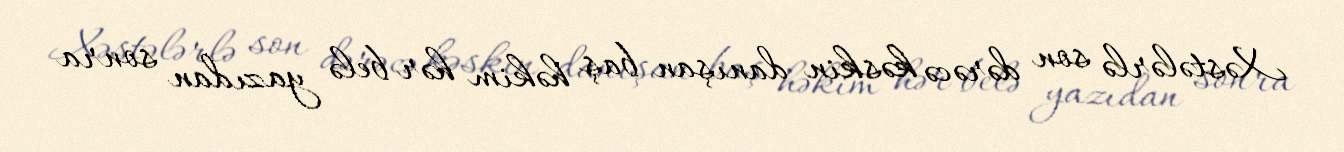
Xəstələrlə son dərəcə kəskin danışan baş həkim hər belə yazıdan sonra